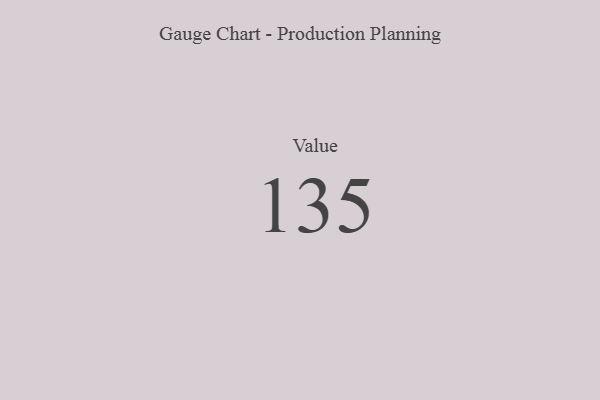
{"axis": {"x": "Metric", "y": "Value"}, "legend": [""], "data": [{"x": "Value", "y": 135, "type": ""}]}